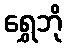
ရွှေဘို